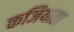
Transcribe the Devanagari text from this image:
कजियाता